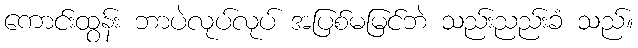
ကောင်းထွန်း ဘာပဲလုပ်လုပ် အပြစ်မမြင်ဘဲ သည်းညည်းခံ သည်။